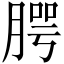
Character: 腭